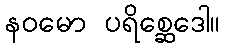
နဝမော ပရိစ္ဆေဒေါ။